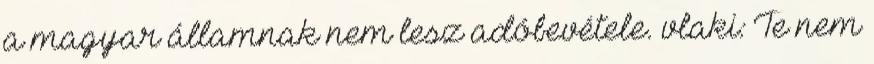
a magyar államnak nem lesz adóbevétele. vlaki: Te nem